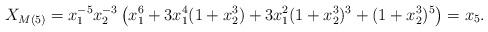
LaTeX: \begin{align*}X_{M(5)} = x_1^{-5}x_2^{-3} \left( x_1^6 + 3x_1^4(1+ x_2^3) + 3x_1^2(1 + x_2^3)^3 + (1 + x_2^3)^5 \right) = x_5.\end{align*}